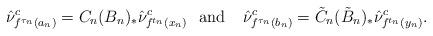
LaTeX: \begin{align*}\hat{\nu}^c_{f^{\tau_n}(a_n)}=C_n(B_n)_*\hat{\nu}^c_{f^{t_n}(x_n)}\:\:\:\textrm{and}\:\:\:\:\:\hat{\nu}^c_{f^{\tau_n}(b_n)}=\tilde{C}_n(\tilde{B}_n)_*\hat{\nu}^c_{f^{t_n}(y_n)}.\end{align*}